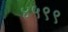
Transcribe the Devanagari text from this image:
४५९९